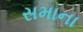
સમાના